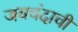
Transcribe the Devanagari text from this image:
जयचंदाची